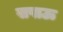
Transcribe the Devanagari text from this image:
सपाऊ